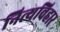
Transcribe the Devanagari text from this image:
नित्यविहार